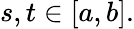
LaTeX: s,t\in[a,b].